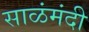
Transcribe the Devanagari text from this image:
साळंमंदी